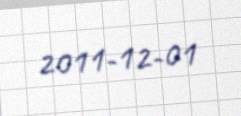
2011-12-01